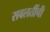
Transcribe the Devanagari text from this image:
सवलतींची